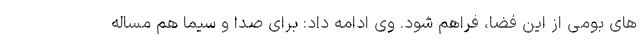
های بومی از این فضا، فراهم شود. وی ادامه داد: برای صدا و سیما هم مساله